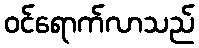
ဝင်ရောက်လာသည်